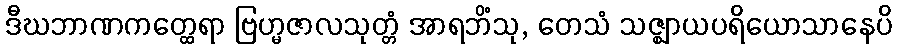
ဒီဃဘာဏကတ္ထေရာ ဗြဟ္မဇာလသုတ္တံ အာရဘိံသု, တေသံ သဇ္ဈာယပရိယောသာနေပိ